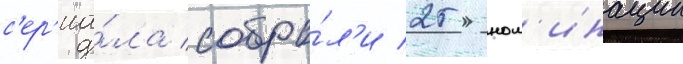
с'ер'иа́ла собра́л'и 25 ном'инации